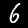
Digit: 6